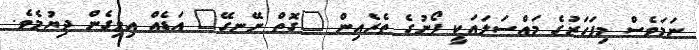
ނަމަވެސް މިފަހަރުގެ މައްސަލައަކީ ފޯނުގެ ތެރެއިން "ގޮތް ނޭނގޭ" އަޑެއް އިވިގެން ދިޔުމެވެ.